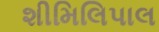
શીમિલિપાલ